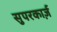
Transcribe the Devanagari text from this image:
सुपरकार्ज़